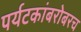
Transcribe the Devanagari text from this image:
पर्यटकांबरोबरच